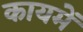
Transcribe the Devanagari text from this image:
कायमें